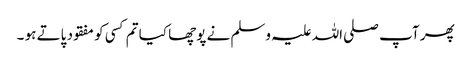
پھر آپ صلی اللہ علیہ وسلم نے پوچھا کیا تم کسی کو مفقود پاتے ہو ۔